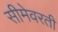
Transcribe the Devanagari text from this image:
सीमेवरती